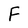
Character: F